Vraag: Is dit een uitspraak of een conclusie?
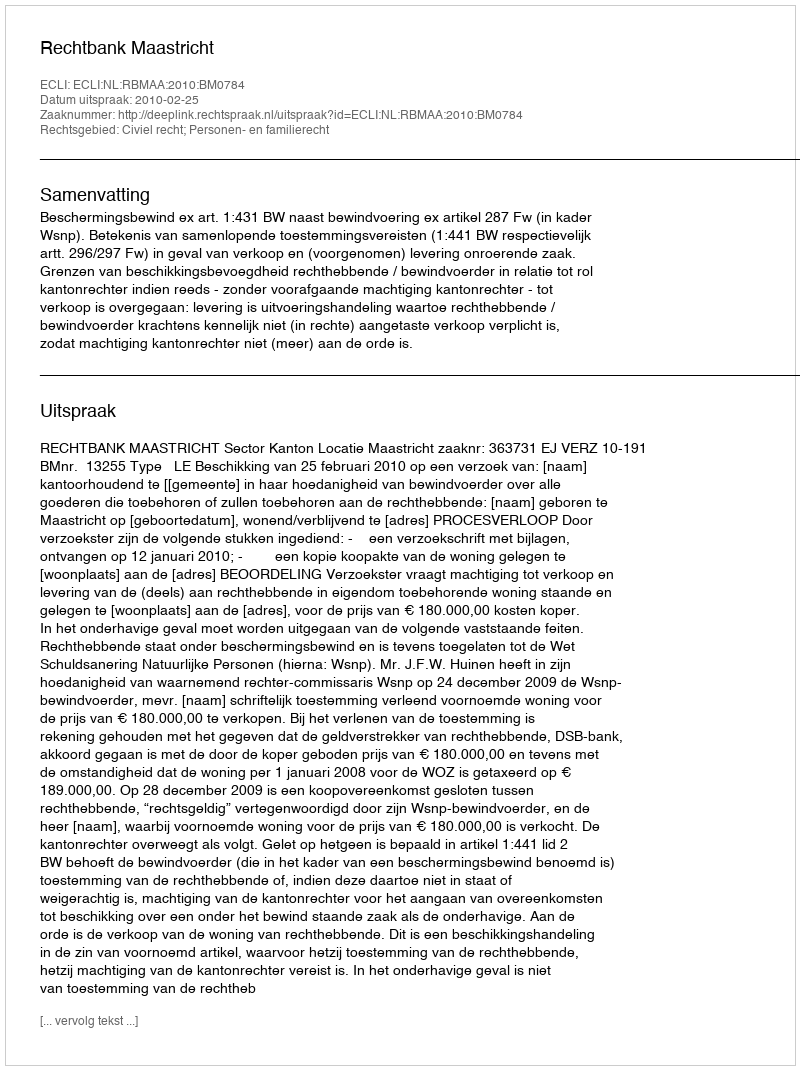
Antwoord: Uitspraak